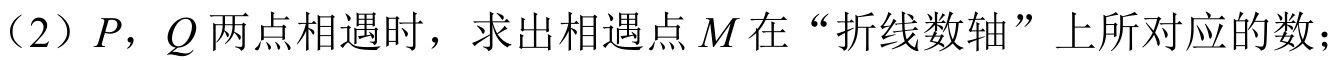
（2）\(P\)，\(Q\)两点相遇时，求出相遇点\(M\)在“折线数轴”上所对应的数；